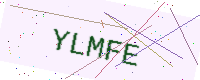
Text: YLMFE